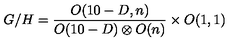
G / H = { \frac { O ( 1 0 - D , n ) } { O ( 1 0 - D ) \otimes O ( n ) } } \times O ( 1 , 1 )